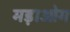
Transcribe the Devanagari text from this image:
मड़ाओग